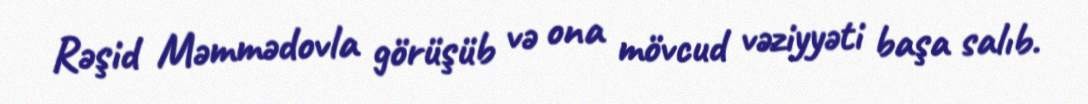
Rəşid Məmmədovla görüşüb və ona mövcud vəziyyəti başa salıb.